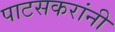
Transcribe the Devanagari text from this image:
पाटसकरांनी